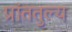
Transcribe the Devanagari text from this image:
प्रांततुल्य